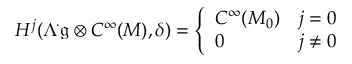
H ^ { j } ( \Lambda ^ { \cdot } { \mathfrak { g } } \otimes C ^ { \infty } ( M ) , \delta ) = { \left\{ \begin{array} { l l } { C ^ { \infty } ( M _ { 0 } ) } & { j = 0 } \\ { 0 } & { j \neq 0 } \end{array} \right. }